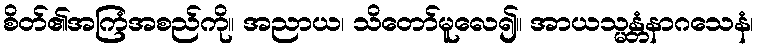
စိတ်၏အကြံအစည်ကို။ အညာယ၊ သိတော်မူလေ၍။ အာယသ္မန္တံနာဂသေနံ၊